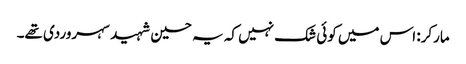
مارکر: اس میں کوئی شک نہیں کہ یہ حسین شہید سہروردی تھے۔